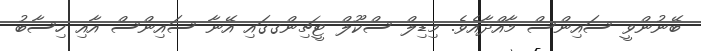
ބޭނުންވީ ސައިންސް މާއްދާއެވެ. މިޑިލް ސްކޫލް ޓީޗިންގގައި އޭނާ ސައިންސް އާއި ހިސާބު